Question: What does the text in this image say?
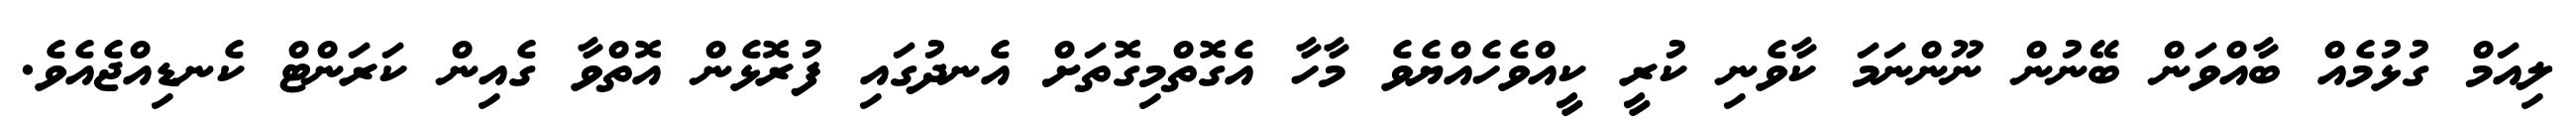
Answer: ލިއަމް ގުޅުމެއް ބާއްވަން ބޭނުން ނޫންނަމަ ކާވެނި ކުރީ ކީއްވެހެއްޔެވެ މާހާ އެގޮތްމިގޮތަށް އެނދުގައި ފުރޮޅެން އޮތްވާ ގެއިން ކަރަންޓް ކެނޑިއްޖެއެވެ.